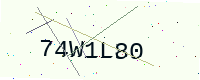
Text: 74W1L80